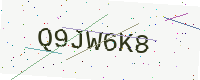
Text: Q9JW6K8